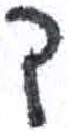
אות: ך